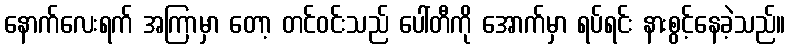
နောက်လေးရက် အကြာမှာ တော့ တင်ဝင်းသည် ပေါ်တီကို အောက်မှာ ရပ်ရင်း နားစွင့်နေခဲ့သည်။